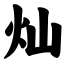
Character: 灿